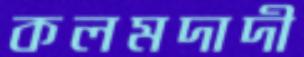
কলমদাদী